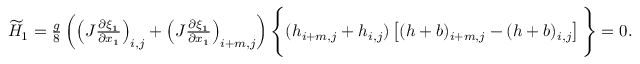
\begin{array} { r } { \widetilde { H } _ { 1 } = \frac { g } { 8 } \left( \left( J \frac { \partial \xi _ { 1 } } { \partial x _ { 1 } } \right) _ { i , j } + \left( J \frac { \partial \xi _ { 1 } } { \partial x _ { 1 } } \right) _ { i + m , j } \right) \Bigg \{ ( h _ { i + m , j } + h _ { i , j } ) \left[ ( h + b ) _ { i + m , j } - ( h + b ) _ { i , j } \right] \Bigg \} = 0 . } \end{array}